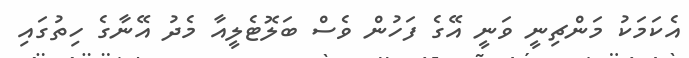
އެކަމަކު މަންޗިނީ ވަނީ އޭގެ ފަހުން ވެސް ބަލޮޓެލީއާ މެދު އޭނާގެ ހިތުގައި